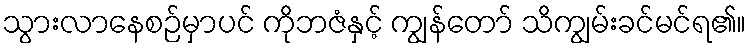
သွားလာနေစဉ်မှာပင် ကိုဘဇံနှင့် ကျွန်တော် သိကျွမ်းခင်မင်ရ၏။